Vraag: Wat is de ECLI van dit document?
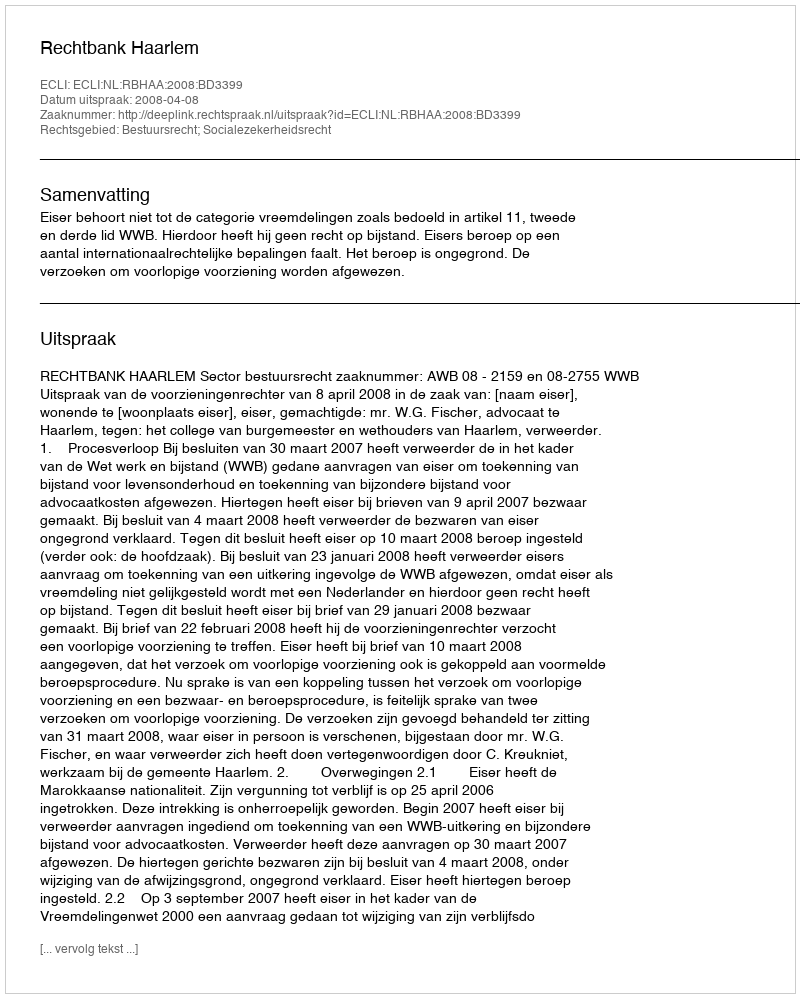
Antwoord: ECLI:NL:RBHAA:2008:BD3399